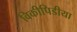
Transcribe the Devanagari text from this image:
विकीपिडीया